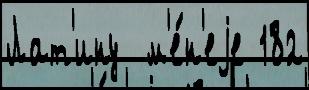
Лат'ину  м'е́н'еjе 182